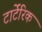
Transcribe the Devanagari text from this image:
टार्टेंरिक